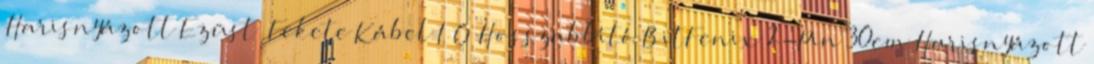
Harisnyázott Ezüst Fekete Kábel I O Hosszabbító BitFenix 2-Pin 30cm Harisnyázott